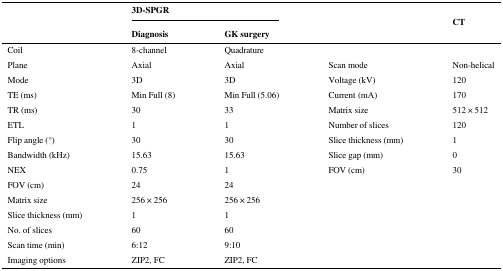
|  | <COLSPAN=2> 3D-SPGR |  | <ROWSPAN=2> CT |
 |  | Diagnosis | GK surgery |  |
 | --- | --- | --- | --- | --- |
 | Coil | 8-channel | Quadrature |  |  |
 | Plane | Axial | Axial | Scan mode | Non-helical |
 | Mode | 3D | 3D | Voltage (kV) | 120 |
 | TE (ms) | Min Full (8) | Min Full (5.06) | Current (mA) | 170 |
 | TR (ms) | 30 | 33 | Matrix size | 512 × 512 |
 | ETL | 1 | 1 | Number of slices | 120 |
 | Flip angle (°) | 30 | 30 | Slice thickness (mm) | 1 |
 | Bandwidth (kHz) | 15.63 | 15.63 | Slice gap (mm) | 0 |
 | NEX | 0.75 | 1 | FOV (cm) | 30 |
 | FOV (cm) | 24 | 24 |  |  |
 | Matrix size | 256 × 256 | 256 × 256 |  |  |
 | Slice thickness (mm) | 1 | 1 |  |  |
 | No. of slices | 60 | 60 |  |  |
 | Scan time (min) | 6:12 | 9:10 |  |  |
 | Imaging options | ZIP2, FC | ZIP2, FC |  |  |